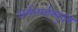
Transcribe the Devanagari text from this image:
धर्मशर्भाभ्युदय